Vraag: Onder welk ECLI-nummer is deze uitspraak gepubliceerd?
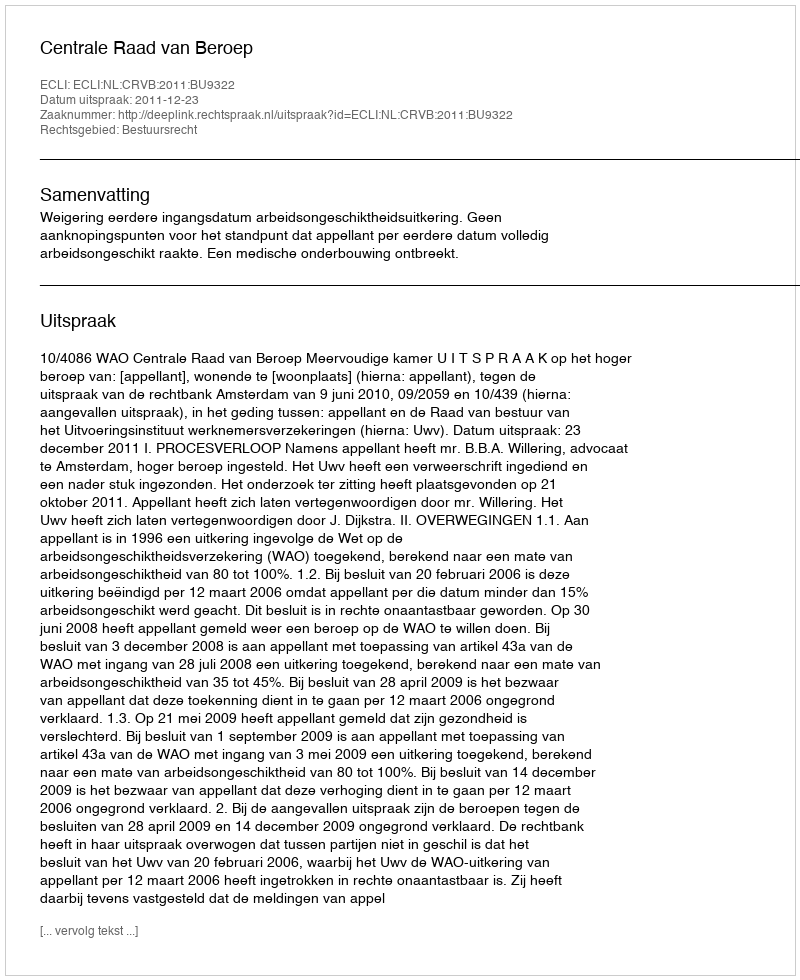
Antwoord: ECLI:NL:CRVB:2011:BU9322